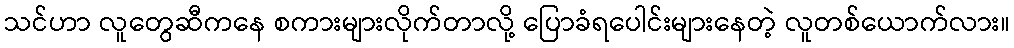
သင်ဟာ လူတွေဆီကနေ စကားများလိုက်တာလို့ ပြောခံရပေါင်းများနေတဲ့ လူတစ်ယောက်လား။